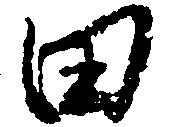
田